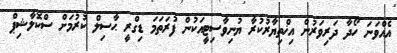
އެއްވަނަ ހޯދާ ދަރިވަރުން އިޚްތިޔާރުކުރާ ޔުނިވާސިޓީއަކުން ފުރަތަމަ ޑިގްރީ ޙާސިލް ކުރުމަށް ސްކޮލާޝިޕް